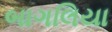
બાગલિયા